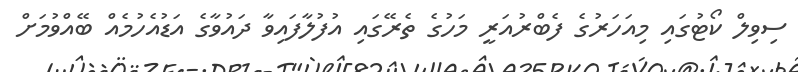
ސިވިލް ކޯޓުގައި މިއަހަރުގެ ފެބްރުއަރީ މަހުގެ ތެރޭގައި އުފުލާފައިވާ ދައުވާގެ އަޑުއެހުމެއް ބޭއްވުމަށް